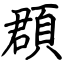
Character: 頵